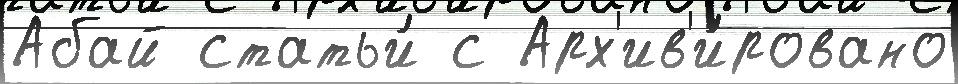
Абай статьи́ с Арх'ив'и́ровано